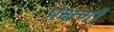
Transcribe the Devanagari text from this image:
प्रेक्षणॉं